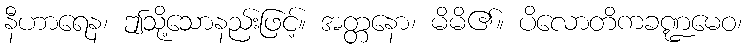
နီဟာရေန၊ ဤသို့သောနည်းဖြင့်။ အတ္တနော၊ မိမိ၏။ ပိလောတိကခဏ္ဍမေဝ၊